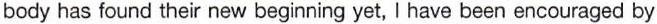
body has found their new beginning yet, I have been encouraged by